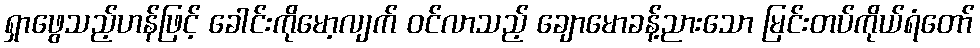
ရှာဖွေသည့်ဟန်ဖြင့် ခေါင်းကိုမော့လျက် ဝင်လာသည့် ချောမောခန့်ညားသော မြင်းတပ်ကိုယ်ရံတော်